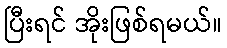
ပြီးရင် အိုးဖြစ်ရမယ်။